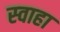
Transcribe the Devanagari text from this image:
स्‍वाहा